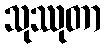
သုဿုတာ